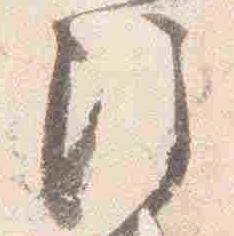
注